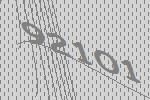
92101